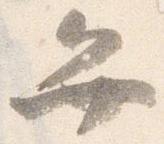
弁